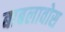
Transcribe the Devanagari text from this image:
बाबलावोस